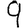
Digit: 9